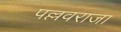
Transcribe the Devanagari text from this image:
पल्लवराजा